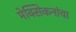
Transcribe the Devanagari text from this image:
मेक्सिकनांचा